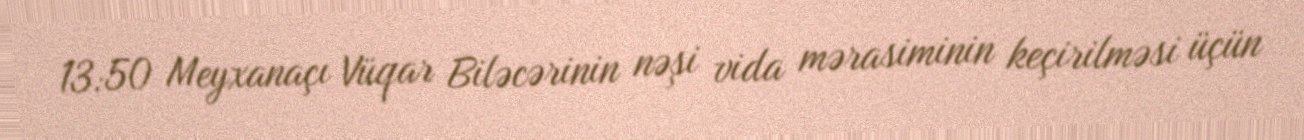
13:50 Meyxanaçı Vüqar Biləcərinin nəşi vida mərasiminin keçirilməsi üçün